Annual report of the Punjab Veterinary College and of the Civil Veterinary Department, Punjab - 1909-1919
Year: 1909
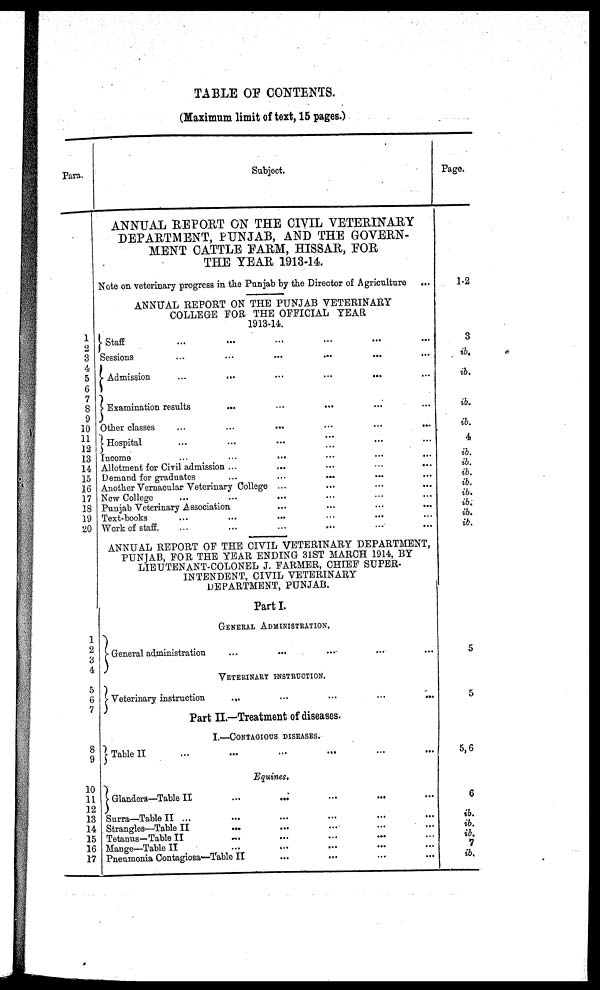
TABLE OF CONTENTS.
(Maximum limit of text, 15 pages.)
Para.
1
2
3
4
5
6
7
8
9
10
11
12
13
14
15
16
17
18
19
20
1
2
3
4
5
6
7
8
9
10
11
12
13
14
15
16
17
Subject.
ANNUAL REPORT ON THE CIVIL VETERINARY
DEPARTMENT, PUNJAB, AND THE GOVERN-
MENT CATTLE FARM, HISSAR, FOR
THE YEAR 1913-14.
Note on veterinary progress in the Punjab by the Director of Agriculture
...
ANNUAL REPORT ON THE PUNJAB VETERINARY
COLLEGE FOR THE OFFICIAL YEAR
1913-14.
Staff ... ... ... ...
Sessions ... ... ... ... ... ...
Admission ... ... ... ...
Examination results ... ... ... ...
Other classes
...
...
...
...
...
Hospital ... ... ...
Income ... ... ... ... ...
Allotment for Civil admission ... ... ... ... ...
Demand for graduates ... ... ... ...
Another Vernacular Veterinary College ...
New College
...
...
...
Punjab Veterinary Association ... ... ... ...
Text-books ... ... ... ... ...
Work of staff. ... ... ... ... ...
ANNUAL REPORT OF THE CIVIL VETERINARY DEPARTMENT,
PUNJAB, FOR THE YEAR ENDING 31ST MARCH 1914, BY
LIEUTENANT-COLONEL J. FARMER, CHIEF SUPER-
INTENDENT, CIVIL VETERINARY
DEPARTMENT, PUNJAB.
Part I.
GENERAL ADMINISTRATION.
General administration ... ... ... ...
VETERINARY INSTRUCTION.
Veterinary instruction ... ... ... ...
Part II.—Treatment of diseases.
I.—CONTAGIOUS DISEASES.
Table II ... ... ... ... ...
Equities.
Glanders—Table II ... ... ... ... ...
Surra—Table II ... ... ... ... ...
Strangles—Table II ... ... ... ...
Tetanus-Table II ... ... ... ...
Mange—Table II ... ... ... ...
Pneumonia Contagiosa—Table II ... ... ... ...
Page.
1-2
3
ib.
ib.
ib.
ib.
4
ib.
ib.
ib.
ib.
ib.
ib.
ib.
ib.
5
5
5, 6
6
ib.
ib.
ib.
7
ib.